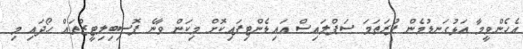
އެހެންވީމާ އަޅުގަނޑުމެން ފުރަތަމަ ސަޕްލައިސް އައިޑެންޓިފައިކޮށް މިކަން ވާނެ ޕޮސިބިލިޓީޒްތައް ހޯދައި މި